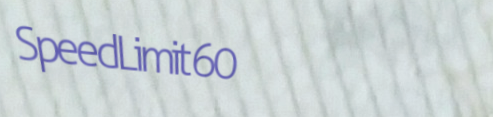
SpeedLimit60